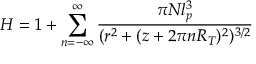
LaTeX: H = 1 + \sum _ { n = - \infty } ^ { \infty } \frac { \pi N l _ { p } ^ { 3 } } { ( r ^ { 2 } + ( z + 2 \pi n R _ { T } ) ^ { 2 } ) ^ { 3 / 2 } }